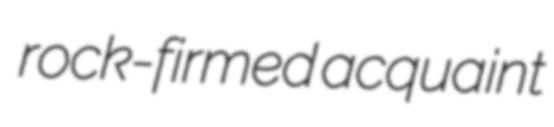
rock-firmed acquaint